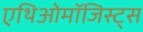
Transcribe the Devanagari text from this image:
एथिओमॉजिस्ट्स